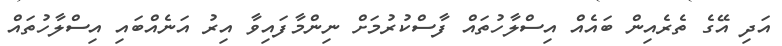
އަދި އޭގެ ތެރެއިން ބައެއް އިސްލާހުތައް ފާސްކުރުމަށް ނިންމާފައިވާ އިރު އަނެއްބައި އިސްލާހުތައް